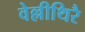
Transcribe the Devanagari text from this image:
वेल्लीथिरै